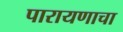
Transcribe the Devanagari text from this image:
पारायणाचा